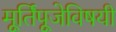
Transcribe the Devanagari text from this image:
मूर्तिपूजेविषयी